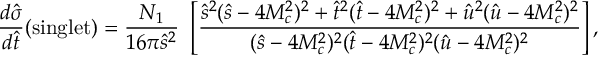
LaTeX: \frac { d \hat { \sigma } } { d \hat { t } } ( \mathrm { s i n g l e t } ) = \frac { { \cal N } _ { 1 } } { 1 6 \pi \hat { s } ^ { 2 } } ~ \left[ \frac { \hat { s } ^ { 2 } ( \hat { s } - 4 M _ { c } ^ { 2 } ) ^ { 2 } + \hat { t } ^ { 2 } ( \hat { t } - 4 M _ { c } ^ { 2 } ) ^ { 2 } + \hat { u } ^ { 2 } ( \hat { u } - 4 M _ { c } ^ { 2 } ) ^ { 2 } } { ( \hat { s } - 4 M _ { c } ^ { 2 } ) ^ { 2 } ( \hat { t } - 4 M _ { c } ^ { 2 } ) ^ { 2 } ( \hat { u } - 4 M _ { c } ^ { 2 } ) ^ { 2 } } \right] ,